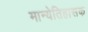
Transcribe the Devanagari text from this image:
मान्येतिहासक